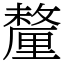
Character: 釐